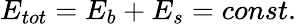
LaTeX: E_{tot}=E_{b}+E_{s}=\textit{const}.